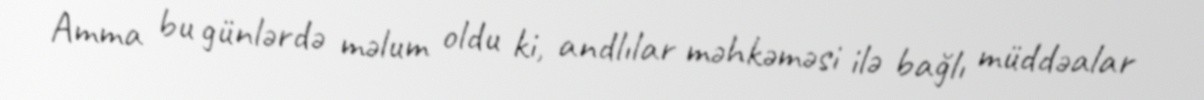
Amma bu günlərdə məlum oldu ki, andlılar məhkəməsi ilə bağlı müddəalar